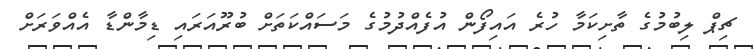
ޗިޕް ލިބުމުގެ ތާށިކަމާ ހުރެ އައިފޯން އުފެއްދުމުގެ މަސައްކަތަށް ބުރޫއަރައި ޑިމާންޑާ އެއްވަރަށް